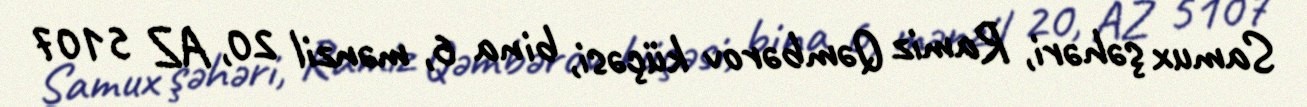
Samux şəhəri, Ramiz Qəmbərov küçəsi, bina 6, mənzil 20, AZ 5107